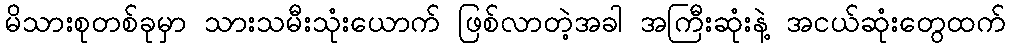
မိသားစုတစ်ခုမှာ သားသမီးသုံးယောက် ဖြစ်လာတဲ့အခါ အကြီးဆုံးနဲ့ အငယ်ဆုံးတွေထက်